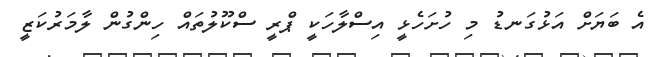
އެ ބަޔަށް އަޅުގަނޑު މި ހުށަހެޅީ އިސްލާހަކީ ޕްރީ ސްކޫލުތައް ހިންގުން ލާމަރުކަޒީ